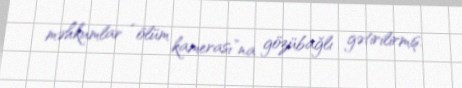
məhkumlar “ölüm kamerası”na gözübağlı gətirilirmiş.